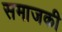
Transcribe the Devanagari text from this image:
समाजकी